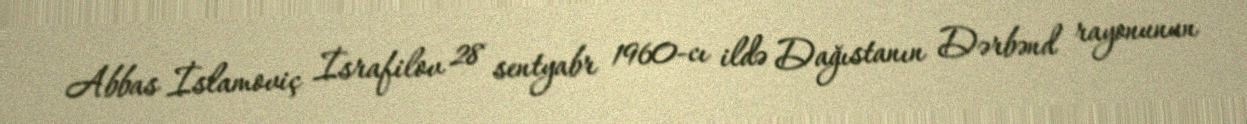
Abbas İslamoviç İsrafilov 28 sentyabr 1960-cı ildə Dağıstanın Dərbənd rayonunun